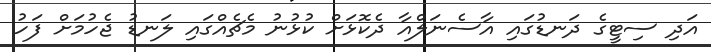
އަދި ސިޓީގެ ދަނޑުގައި އާސެނަލްއާ ދެކޮޅަށް ކުޅުނު މެޗެއްގައި ލަނޑު ޖެހުމަށް ފަހު